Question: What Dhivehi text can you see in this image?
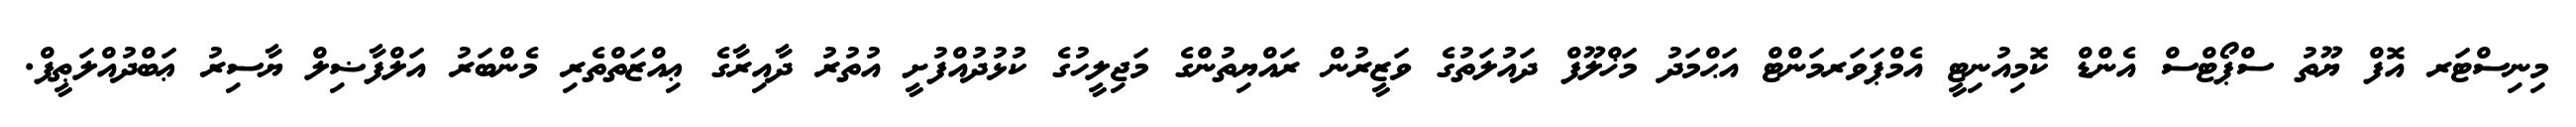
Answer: މިނިސްޓަރ އޮފް ޔޫތު ސްޕޯޓްސް އެންޑް ކޮމިއުނިޓީ އެމްޕަވަރމަންޓް އަޙްމަދު މަޚްލޫފް ދައުލަތުގެ ވަޒީރުން ރައްޔިތުންގެ މަޖިލީހުގެ ކުޅުދުއްފުށީ އުތުރު ދާއިރާގެ ޢިއްޒަތްތެރި މެންބަރު އަލްފާޟިލް ޔާސިރު ޢަބްދުއްލަޠީފް.